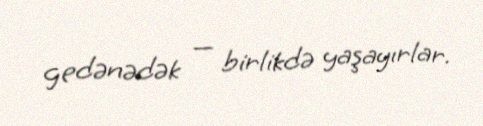
gedənədək — birlikdə yaşayırlar.